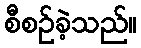
စီစဉ်ခဲ့သည်။